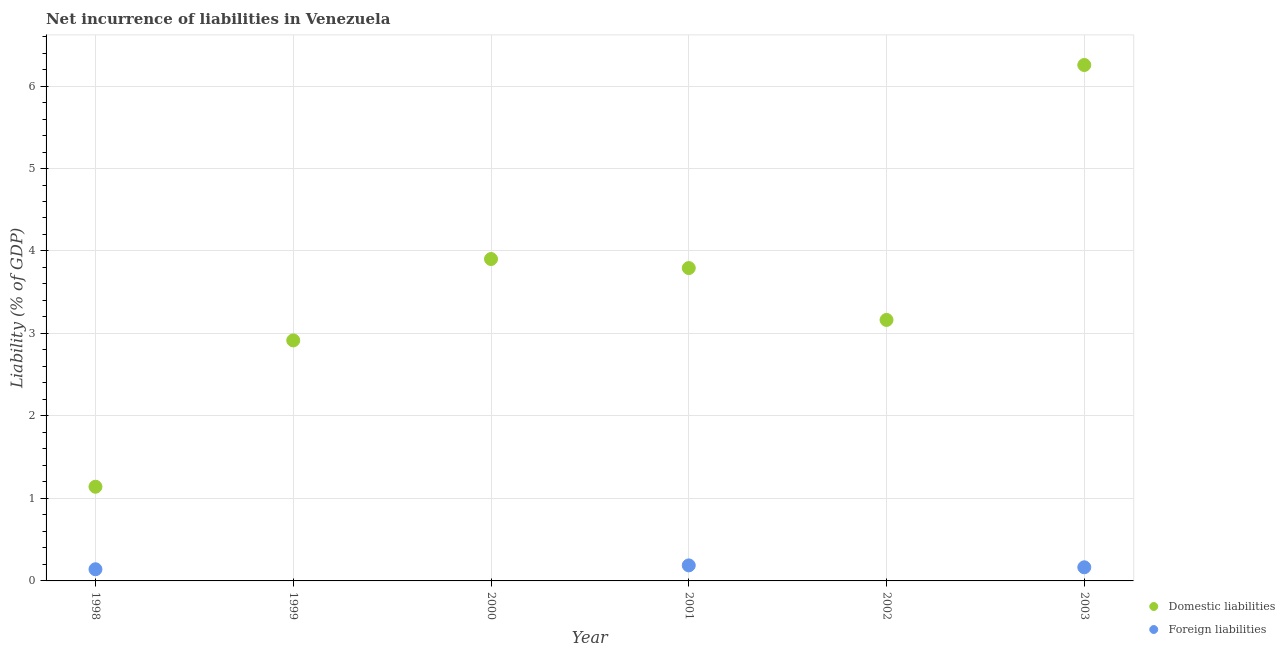
| Year | Domestic liabilities | Foreign liabilities |
 | --- | --- | --- |
 | 1998 | 1.14 | 0.141 |
 | 1999 | 2.92 | -1.05 |
 | 2000 | 3.9 | -0.511 |
 | 2001 | 3.79 | 0.188 |
 | 2002 | 3.16 | -0.639 |
 | 2003 | 6.25 | 0.165 |